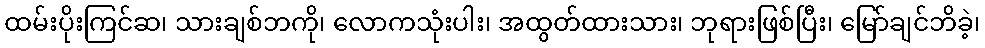
ထမ်းပိုးကြင်ဆ၊ သားချစ်ဘကို၊ လောကသုံးပါး၊ အထွတ်ထားသား၊ ဘုရားဖြစ်ပြီး၊ မြော်ချင်ဘိခဲ့၊